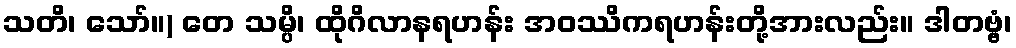
သတိ၊ သော်။) တေ သမ္ပိ၊ ထိုဂိလာနရဟန်း အဝဿိကရဟန်းတို့အားလည်း။ ဒါတဗ္ဗံ၊